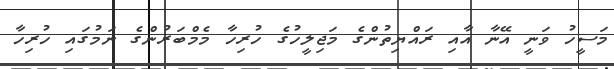
މަސީހު ވަނީ އޭނާ އާއި ރައްޔިތުންގެ މަޖިލީހުގެ ހުރިހާ މެމްބަރުންގެ ނަމުގައި ހުރިހާ